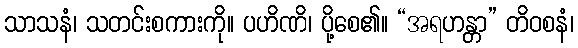
သာသနံ၊ သတင်းစကားကို။ ပဟိဏိ၊ ပို့စေ၏။ “အရဟန္တာ” တိဝစနံ၊